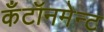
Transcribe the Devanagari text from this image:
कँटॉनमेन्ट